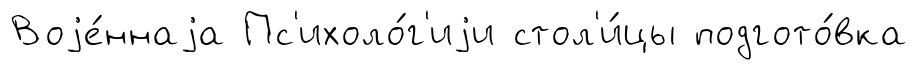
Воjе́ннаjа Пс'ихоло́г'иjи стол'и́цы подгото́вка